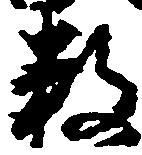
数